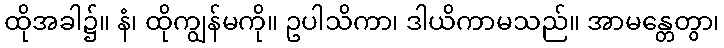
ထိုအခါ၌။ နံ၊ ထိုကျွန်မကို။ ဥပါသိကာ၊ ဒါယိကာမသည်။ အာမန္တေတွာ၊